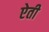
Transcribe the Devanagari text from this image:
ऐती